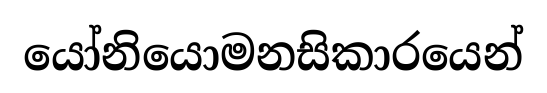
යෝනියොමනසිකාරයෙන්